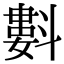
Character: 㪹